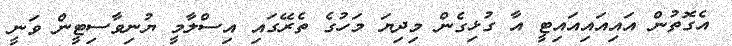
އެގޮތުން އައިއައިއައިޓީ އާ ގުޅިގެން މިދިޔަ މަހުގެ ތެރޭގައި އިސްލާމީ ޔުނިވާސިޓީން ވަނީ